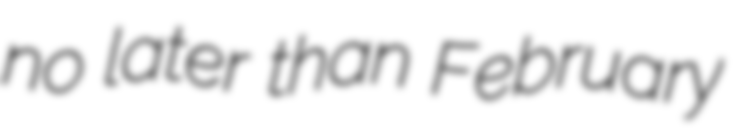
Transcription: no later than February